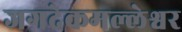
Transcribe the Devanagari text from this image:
जगदेकमल्लेश्वर